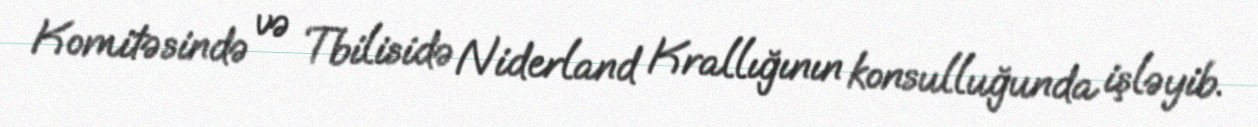
Komitəsində və Tbilisidə Niderland Krallığının konsulluğunda işləyib.